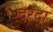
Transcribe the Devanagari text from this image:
दरदा